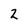
Character: 2